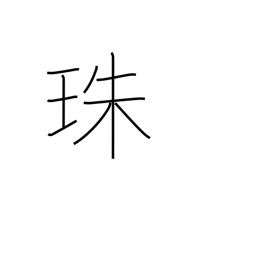
Meaning: pearl